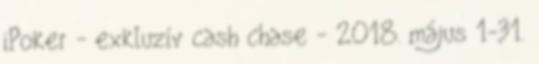
iPoker - exkluzív cash chase - 2018. május 1-31.